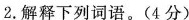
2.解释下列词语。(4分)